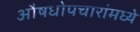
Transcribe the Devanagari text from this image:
औषधोपचारांमध्ये